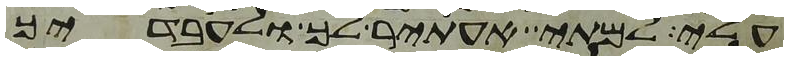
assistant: עלי למתי אעתיר לך ולעבדיך